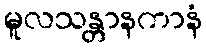
မူလသန္တာနကာနံ